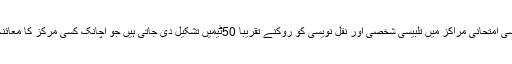
حیدرآباد و سکندرآباد میں ایس ایس سی امتحانی مراکز میں تلبیسی شخصی اور نقل نویسی کو روکنے تقریباً 50ٹیمیں تشکیل دی جاتی ہیں جو اچانک کسی مرکز کا معائنہ کرکے تنقیح کا اختیار رکھتی ہیں ۔